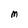
Character: M